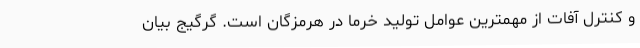
و کنترل آفات از مهمترین عوامل تولید خرما در هرمزگان است. گرگیج بیان